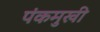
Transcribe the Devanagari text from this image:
पंकमुखी